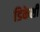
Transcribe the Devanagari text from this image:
डिकेशी